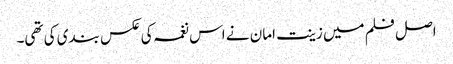
اصل فلم میں زینت امان نے اس نغمہ کی عکس بندی کی تھی۔